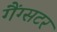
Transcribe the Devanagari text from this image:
गैंग्सटर